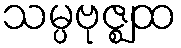
သမ္ပဗုဇ္ဈထ